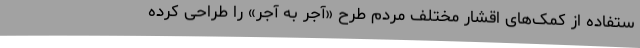
ستفاده از کمک‌های اقشار مختلف مردم طرح «آجر به آجر» را طراحی کرده